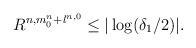
LaTeX: \begin{align*}R^{n, m^n_0 + l^{n,0} } \le | \log (\delta_1/2)|.\end{align*}